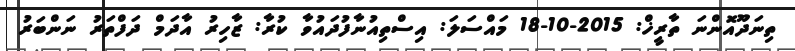
ތިނަދޫއޮންނަ ތާރީޚް: 2015-10-18 މައްސަލަ: އިސްތިއުނާފުދައުވާ ކުރާ: ޒާހިރު އާދަމް ދަފްތަރު ނަންބަރު